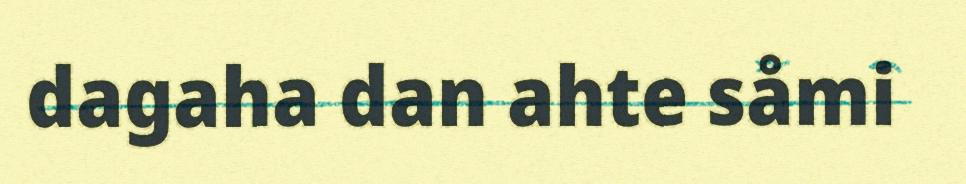
dagaha dan ahte såmi